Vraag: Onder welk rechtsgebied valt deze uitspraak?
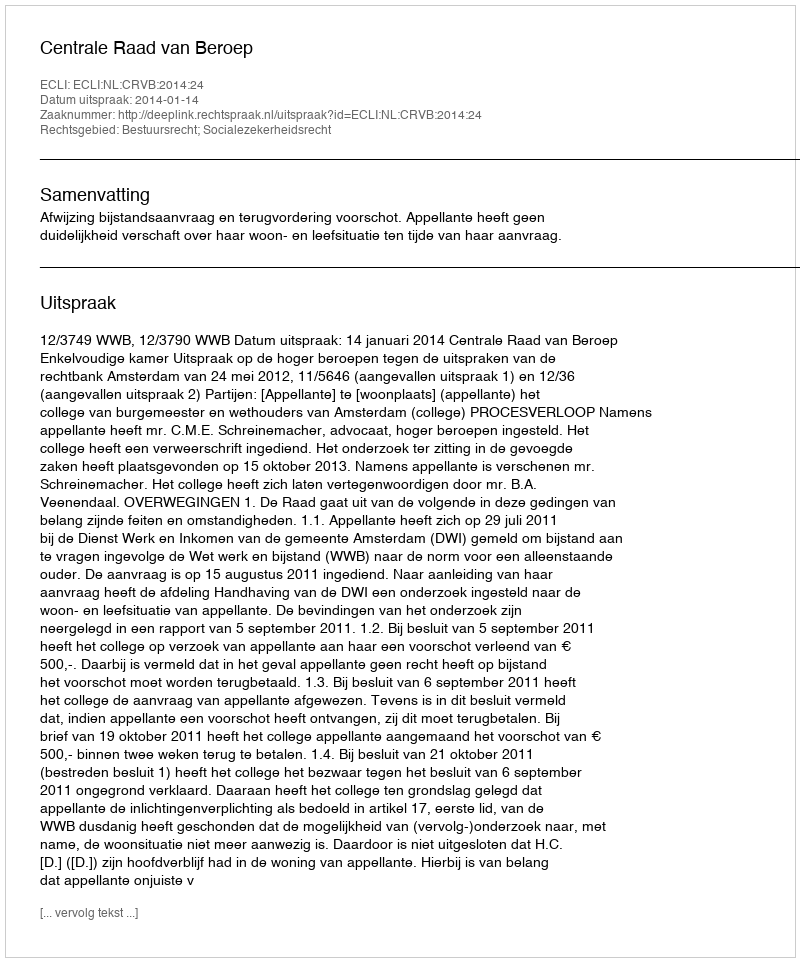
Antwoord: Bestuursrecht; Socialezekerheidsrecht